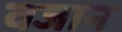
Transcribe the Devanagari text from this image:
वजान